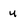
Character: u